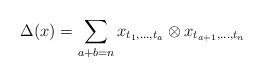
LaTeX: \begin{align*}\Delta(x)=\sum_{a+b=n}x_{t_1,\dots,t_a}\otimes x_{t_{a+1},\dots,t_n}\end{align*}